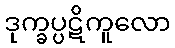
ဒုက္ခပ္ပဋိကူလော